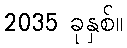
2035 ခုနှစ်။